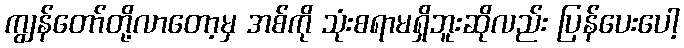
ကျွန်တော်တို့လာတော့မှ အစ်ကို သုံးစရာမရှိဘူးဆိုလည်း ပြန်ပေးပေါ့